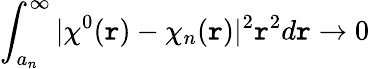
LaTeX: \int_{a_{n}}^{\infty}|\chi^{0}(\mathtt{r})-\chi_{n}(\mathtt{r})|^{2}\mathtt{r}^{2}d\mathtt{r}\rightarrow0